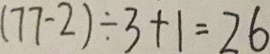
( 7 7 - 2 ) \div 3 + 1 = 2 6